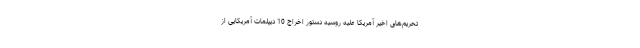
تحریم‌های اخیر آمریکا علیه روسیه دستور اخراج 10 دیپلمات آمریکایی از